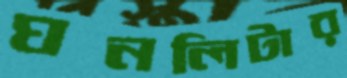
ঘনলিটার